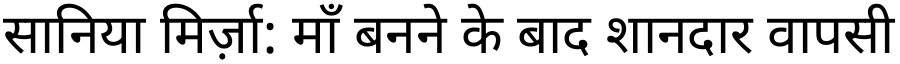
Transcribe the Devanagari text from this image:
सानिया मिर्ज़ा: माँ बनने के बाद शानदार वापसी